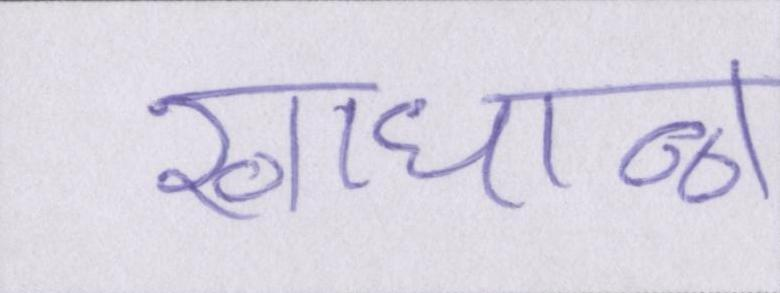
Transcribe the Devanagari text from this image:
खाधान्न